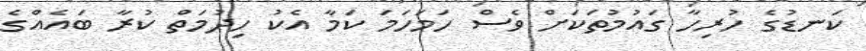
ކަނޑުގެ ހުރިހާ ގައުމުތަކަށް ވެސް ހަމަހަމަ ކަމާ އެކު ހިދުމަތް ކުރާ ބައެއްގެ